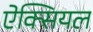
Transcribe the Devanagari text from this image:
ऐक्सियल